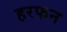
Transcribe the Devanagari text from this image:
हरफन